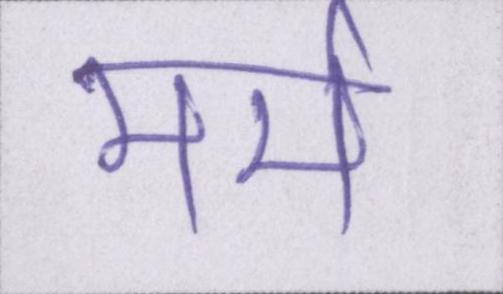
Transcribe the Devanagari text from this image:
मर्म